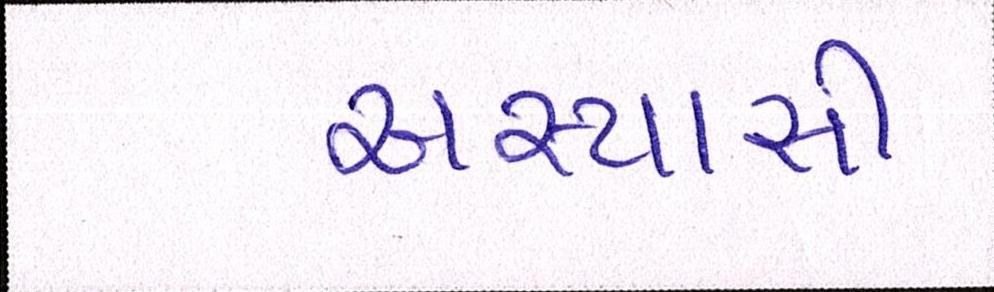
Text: અભ્યાસી